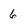
Character: 6